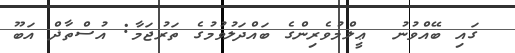
ގައި ބޭއްވުނު  ޢީލްމުވެރިންގެ ބައްދަލުވުމުގެ ތަރުޖަމާ: އުސްތާޛް އަބޫ